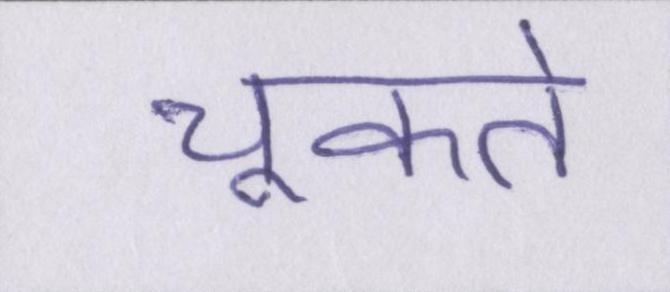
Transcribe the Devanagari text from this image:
चूकते